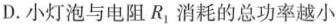
D.小灯泡与电阻R_{1}消耗的总功率越小